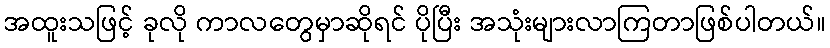
အထူးသဖြင့် ခုလို ကာလတွေမှာဆိုရင် ပိုပြီး အသုံးများလာကြတာဖြစ်ပါတယ်။